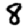
Digit: 8